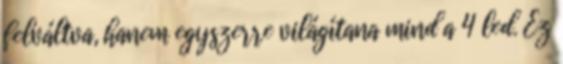
felváltva, hanem egyszerre világítana mind a 4 led. Ez